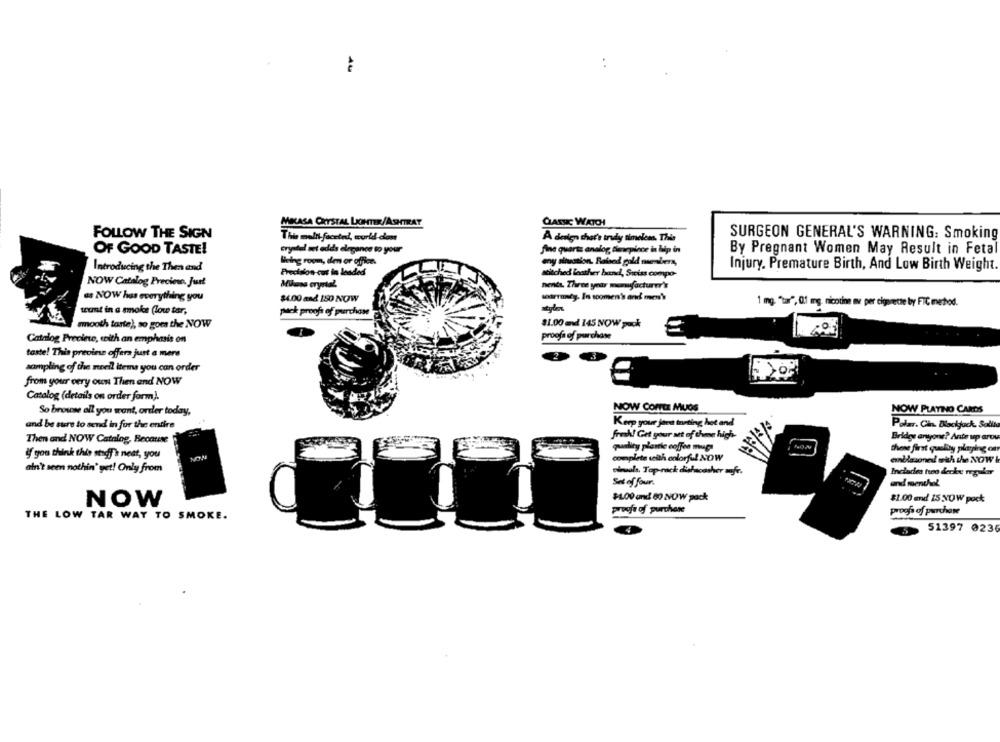
MICASA CRYSTAL LIGHTER/ASHTRAY
CASHE WATCH!
FOLLOW THE SIGN
This multi faceted, world com
SURGEON GENERAL'S WARNING: Smoking
À derign that's trudy timeless. This
OF GOOD TASTE!
crystal set edda elegance to your
fine quartz analog timepince in lip in
By Pregnant Women May Result in Fetal
Introducing the Then and
Wiekg room, den or office.
any situation. Raised gold members,
Injury. Premature Birth, And Low Birth Weight
Precision-cut in loaded
stitched leather bund, Swiss compo-
NOW Catalog Preciese. Jurt
Milasa crystal
hente. Three your manufacturer's
as NOW has everything you
warranty. In soomen's and men's
$4.00 and 150 NOW
1 mg "tu", 01 mg, nicotine se per cigarette by FIC metod.
tunt in a smoke (low tar,
pack proofs of purchase
smooth tarte), so goes the NOW
81.00 and 145 NOW pock
Catalog Preciese, with an emphasis on
proofa of purchase
taste! This previne offera just a mere
sampling of the meell items you can order
from your very oun Then and NOW
Catalog (details on order form).
NOW COFFEE MUGS
NOW PLAYING CARDS
So browse all you want, order today,
Keep your jeca torting hot and
and be sure to send in for the entire
Polar. Cin. Blackjack. Sollte
fresh! Get your set of thme high-
Bridges anyone? Ante up arov
Then and NOW Catalog, Because
quality plastie coffee mug
these first quelliy playing on
if you think this shof's neat, you
NON
complete with colorful NOW
enbasoned with the NOW &
ain't seen nothin' get! Only from
cimola. Top-rack diehscasher aufe.
Includes tuo decke regular
Set of four.
$4.00 and 60 NOW pack
NOW
$1.00 and 15 NOW pock
proofe of purchase
proofs of purchase
THE LOW TAR WAY TO SMOKE.
51397 0236